Civil Veterinary Department. Central Provinces & Berar 1932-41 - 1932-1941
Year: 1932
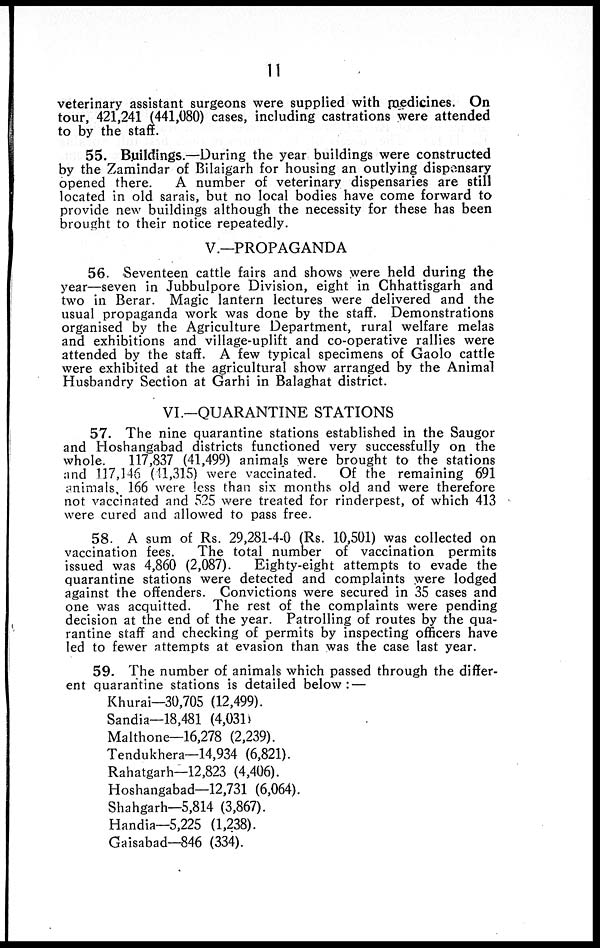
11
veterinary assistant surgeons were supplied with medicines. On
tour, 421,241 (441,080) cases, including castrations were attended
to by the staff.
55. Buildings.—During the year buildings were constructed
by the Zamindar of Bilaigarh for housing an outlying dispensary
opened there.
A number of veterinary dispensaries are still
located in old sarais, but no local bodies have come forward to
provide new buildings although the necessity for these has been
brought to their notice repeatedly.
V.—PROPAGANDA
56. Seventeen cattle fairs and shows were held during the
year—seven in Jubbulpore Division, eight in Chhattisgarh and
two in Berar. Magic lantern lectures were delivered and the
usual propaganda work was done by the staff. Demonstrations
organised by the Agriculture Department, rural welfare melas
and exhibitions and village-uplift and co-operative rallies were
attended by the staff. A few typical specimens of Gaolo cattle
were exhibited at the agricultural show arranged by the Animal
Husbandry Section at Garhi in Balaghat district.
VI.—QUARANTINE STATIONS
57. The nine quarantine stations established in the Saugor
and Hoshangabad districts functioned very successfully on the
whole.
117,837 (41,499) animals were brought to the stations
and 117,146 (41,315) were vaccinated.
Of the remaining 691
animals, 166 were less than six months old and were therefore
not vaccinated and 525 were treated for rinderpest, of which 413
were cured and allowed to pass free.
58. A sum of Rs. 29,281-4-0 (Rs. 10,501) was collected on
vaccination fees.
The total number of vaccination permits
issued was 4,860 (2,087).
Eighty-eight attempts to evade the
quarantine stations were detected and complaints were lodged
against the offenders. Convictions were secured in 35 cases and
one was acquitted.
The rest of the complaints were pending
decision at the end of the year. Patrolling of routes by the qua-
rantine staff and checking of permits by inspecting officers have
led to fewer attempts at evasion than was the case last year.
59. The number of animals which passed through the differ-
ent quarantine stations is detailed below:—
Khurai—30,705 (12,499).
Sandia—18,481 (4,031)
Malthone—16,278 (2,239).
Tendukhera—14,934 (6,821).
Rahatgarh—12,823 (4,406).
Hoshangabad—12,731 (6,064).
Shahgarh—5,814 (3,867).
Handia—5,225 (1,238).
Gaisabad-846 (334).